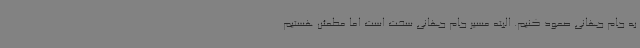
به جام جهانی صعود کنیم. البته مسیر جام جهانی سخت است اما مطمئن هستیم